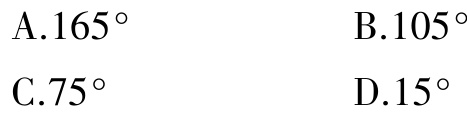
A.$165^{\circ}$

B.$105^{\circ}$

C.$75^{\circ}$

D.$15^{\circ}$